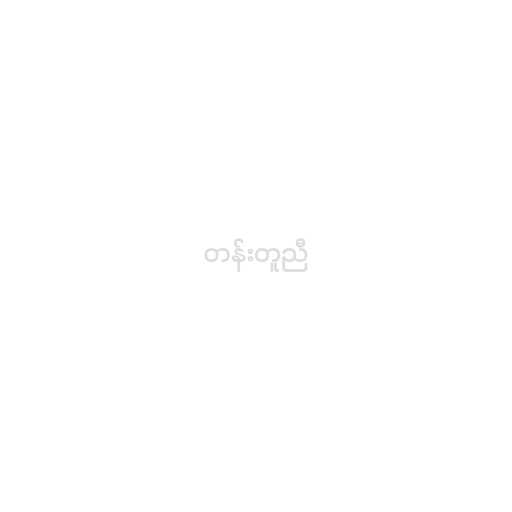
တန်းတူညီ